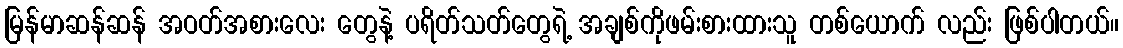
မြန်မာဆန်ဆန် အဝတ်အစားလေး တွေနဲ့ ပရိတ်သတ်တွေရဲ့ အချစ်ကိုဖမ်းစားထားသူ တစ်ယောက် လည်း ဖြစ်ပါတယ်။